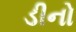
ડીનો